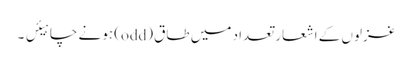
غزلوں کے اشعار تعداد میں طاق (odd) ہونے چاہیئں ۔